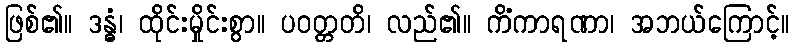
ဖြစ်၏။ ဒန္ဓံ၊ ထိုင်းမှိုင်းစွာ။ ပဝတ္တတိ၊ လည်၏။ ကိံကာရဏာ၊ အဘယ်ကြောင့်။